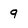
Character: 9